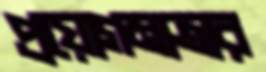
প্রয়োগমাত্রার